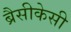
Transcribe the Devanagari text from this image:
ब्रैसीकेसी